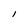
Character: 1